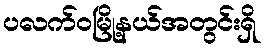
ပလက်ဝမြို့နယ်အတွင်းရှိ